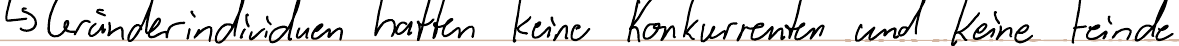
-> Gründerindividuen hatten keine Konkurrenten und keine Feinde